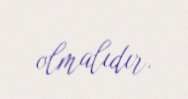
olmalıdır.